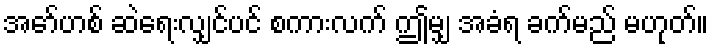
အော်ဟစ် ဆဲရေးလျှင်ပင် စကားလက် ဤမျှ အခံရ ခက်မည် မဟုတ်။